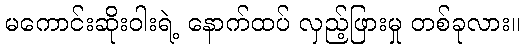
မကောင်းဆိုးဝါးရဲ့ နောက်ထပ် လှည့်ဖြားမှု တစ်ခုလား။